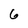
Character: 6